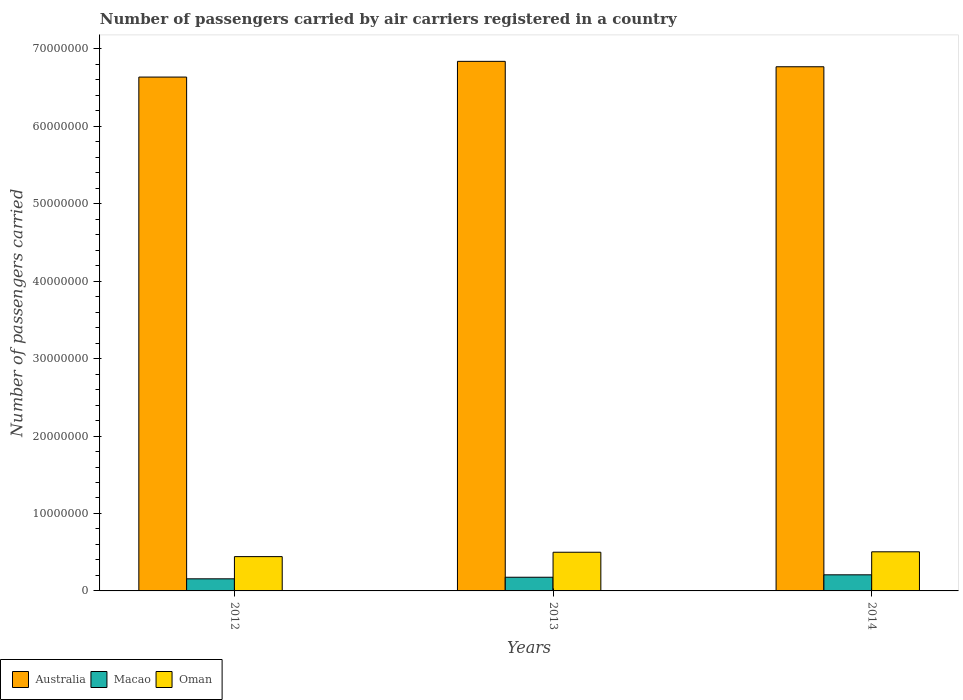
| Years | Australia | Macao | Oman |
 | --- | --- | --- | --- |
 | 2012 | 6.64e+07 | 1.56e+06 | 4.43e+06 |
 | 2013 | 6.84e+07 | 1.77e+06 | 4.99e+06 |
 | 2014 | 6.77e+07 | 2.08e+06 | 5.05e+06 |